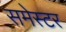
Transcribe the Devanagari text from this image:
समेस्टर